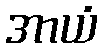
အာယံ